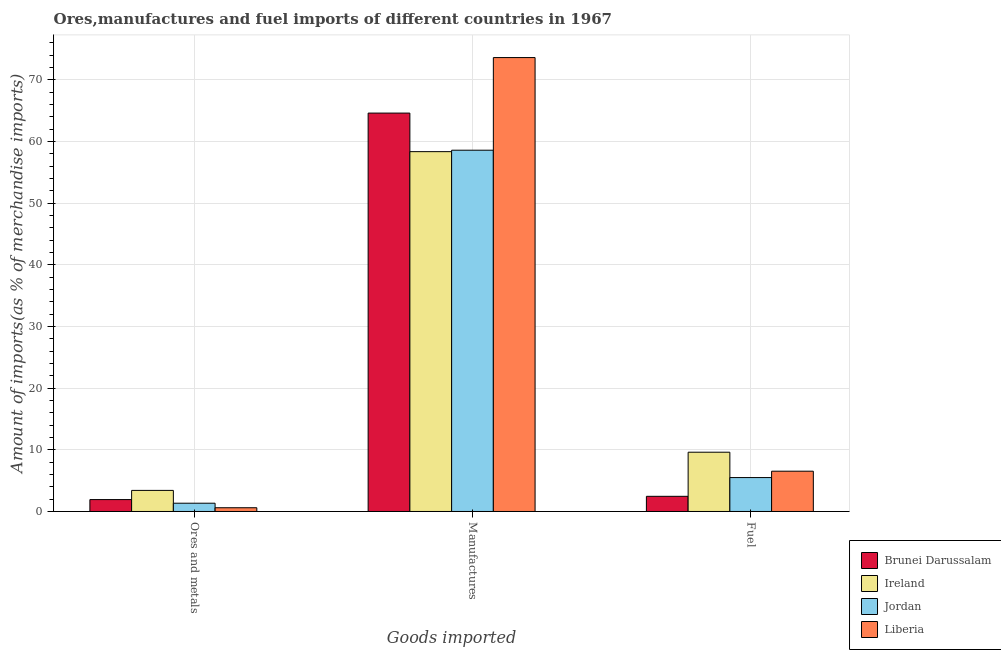
| Goods imported | Brunei Darussalam | Ireland | Jordan | Liberia |
 | --- | --- | --- | --- | --- |
 | Ores and metals | 1.93 | 3.42 | 1.34 | 0.608 |
 | Manufactures | 64.6 | 58.4 | 58.6 | 73.6 |
 | Fuel | 2.46 | 9.61 | 5.5 | 6.53 |